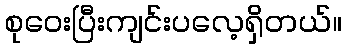
စုဝေးပြီးကျင်းပလေ့ရှိတယ်။